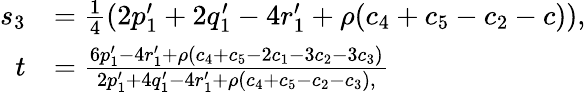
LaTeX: \begin{array}{rl}{s_{3}}&{=\frac{1}{4}(2p_{1}^{\prime}+2q_{1}^{\prime}-4r_{1}^{\prime}+\rho(c_{4}+c_{5}-c_{2}-c)),}\\ {t}&{=\frac{6p_{1}^{\prime}-4r_{1}^{\prime}+\rho(c_{4}+c_{5}-2c_{1}-3c_{2}-3c_{3})}{2p_{1}^{\prime}+4q_{1}^{\prime}-4r_{1}^{\prime}+\rho(c_{4}+c_{5}-c_{2}-c_{3}),}}\end{array}